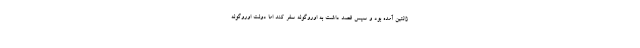
ژانتین آمده بود و سپس قصد داشت به اوروگوئه سفر کند اما دولت اوروگوئه